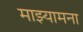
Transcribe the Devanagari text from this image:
माझ्यामना